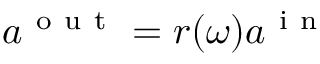
a ^ { \mathrm { ~ o ~ u ~ t ~ } } = r ( \omega ) a ^ { \mathrm { ~ i ~ n ~ } }